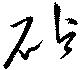
砧